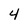
Character: 4